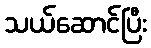
သယ်ဆောင်ပြီး